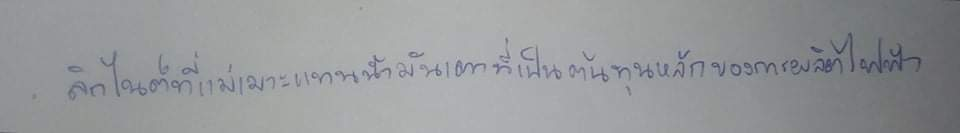
ลิกไนต์ที่แม่เมาะแทนน้ำมันเตาที่เป็นต้นทุนหลักของการผลิตไฟฟ้า